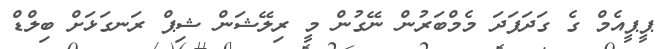
ޕީޕީއެމް ގެ ގަދަފަދަ މެމްބަރުން ނޭގުން މީ ރިލޭޝަން ޝިޕް ރަނގަޅަށް ބިލްޑް